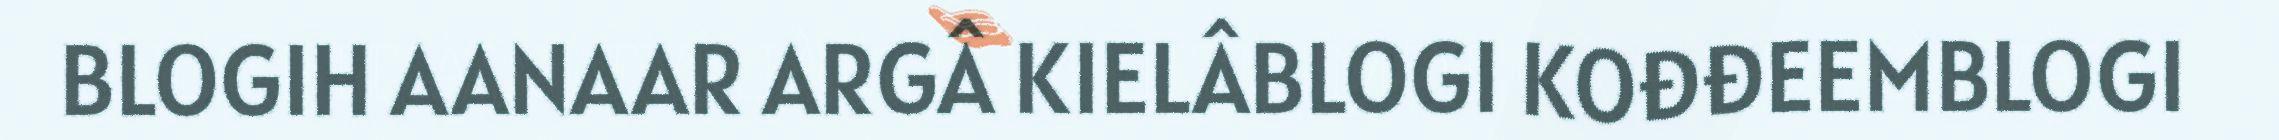
BLOGIH AANAAR ARGÂ KIELÂBLOGI KOĐĐEEMBLOGI